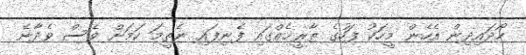
ހޯދައިދިން އެހެން މީހަކު ފަހުގެ ތާރީޚެއްގައި ފެނިފައި ނެތީމަ ކަމަށް ވެސް ވެދާނެ